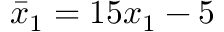
\bar { x } _ { 1 } = 1 5 x _ { 1 } - 5